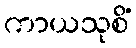
ကာယသုစိံ